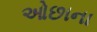
ઓછાના